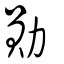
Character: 勲